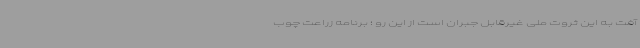
آفت به این ثروت ملی غیرقابل جبران است از این رو ؛ برنامه زراعت چوب